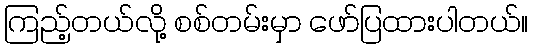
ကြည့်တယ်လို့ စစ်တမ်းမှာ ဖော်ပြထားပါတယ်။